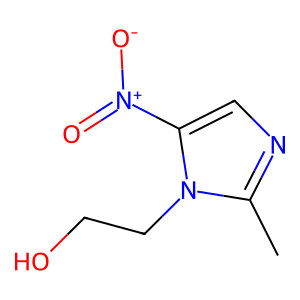
SMILES: Cc1ncc([N+](=O)[O-])n1CCO
Inhibits HIV replication: No